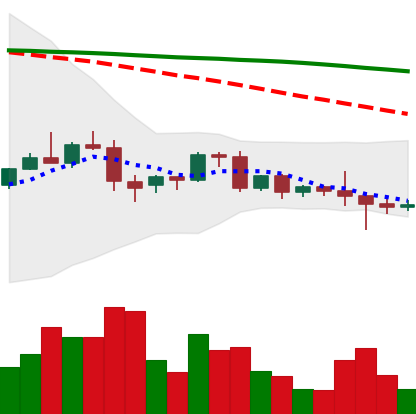
Ticker: BNB-USD
Chart end date: 2022-06-09
Forward return: -23.006%
Label: down_7plus